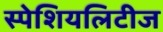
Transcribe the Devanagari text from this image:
स्पेशियलिटीज